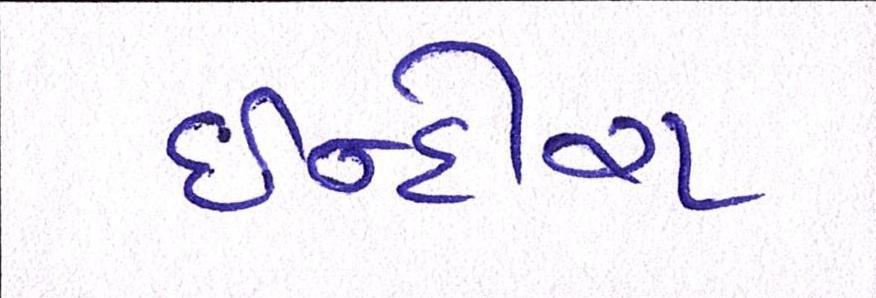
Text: ઈન્દીરા